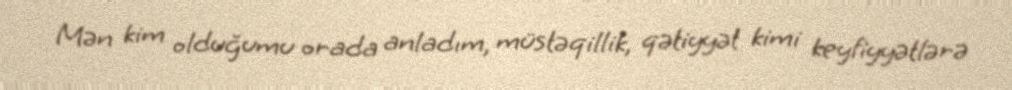
Mən kim olduğumu orada anladım, müstəqillik, qətiyyət kimi keyfiyyətlərə